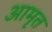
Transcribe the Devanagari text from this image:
आमृत